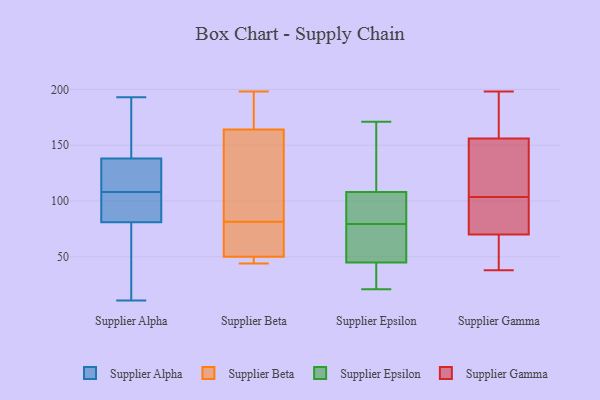
{"axis": {"x": "Customer Acquisition Cost (USD)", "y": "Value"}, "legend": ["Supplier Alpha", "Supplier Beta", "Supplier Epsilon", "Supplier Gamma"], "data": [{"x": "", "y": 78, "type": "Supplier Alpha"}, {"x": "", "y": 166, "type": "Supplier Alpha"}, {"x": "", "y": 110, "type": "Supplier Alpha"}, {"x": "", "y": 139, "type": "Supplier Alpha"}, {"x": "", "y": 161, "type": "Supplier Alpha"}, {"x": "", "y": 105, "type": "Supplier Alpha"}, {"x": "", "y": 39, "type": "Supplier Alpha"}, {"x": "", "y": 135, "type": "Supplier Alpha"}, {"x": "", "y": 193, "type": "Supplier Alpha"}, {"x": "", "y": 11, "type": "Supplier Alpha"}, {"x": "", "y": 172, "type": "Supplier Alpha"}, {"x": "", "y": 103, "type": "Supplier Alpha"}, {"x": "", "y": 126, "type": "Supplier Alpha"}, {"x": "", "y": 79, "type": "Supplier Alpha"}, {"x": "", "y": 135, "type": "Supplier Alpha"}, {"x": "", "y": 108, "type": "Supplier Alpha"}, {"x": "", "y": 103, "type": "Supplier Alpha"}, {"x": "", "y": 87, "type": "Supplier Alpha"}, {"x": "", "y": 75, "type": "Supplier Alpha"}, {"x": "", "y": 164, "type": "Supplier Beta"}, {"x": "", "y": 77, "type": "Supplier Beta"}, {"x": "", "y": 125, "type": "Supplier Beta"}, {"x": "", "y": 198, "type": "Supplier Beta"}, {"x": "", "y": 165, "type": "Supplier Beta"}, {"x": "", "y": 44, "type": "Supplier Beta"}, {"x": "", "y": 50, "type": "Supplier Beta"}, {"x": "", "y": 86, "type": "Supplier Beta"}, {"x": "", "y": 49, "type": "Supplier Beta"}, {"x": "", "y": 77, "type": "Supplier Beta"}, {"x": "", "y": 45, "type": "Supplier Epsilon"}, {"x": "", "y": 100, "type": "Supplier Epsilon"}, {"x": "", "y": 171, "type": "Supplier Epsilon"}, {"x": "", "y": 65, "type": "Supplier Epsilon"}, {"x": "", "y": 21, "type": "Supplier Epsilon"}, {"x": "", "y": 137, "type": "Supplier Epsilon"}, {"x": "", "y": 99, "type": "Supplier Epsilon"}, {"x": "", "y": 62, "type": "Supplier Epsilon"}, {"x": "", "y": 57, "type": "Supplier Epsilon"}, {"x": "", "y": 32, "type": "Supplier Epsilon"}, {"x": "", "y": 171, "type": "Supplier Epsilon"}, {"x": "", "y": 108, "type": "Supplier Epsilon"}, {"x": "", "y": 103, "type": "Supplier Epsilon"}, {"x": "", "y": 94, "type": "Supplier Epsilon"}, {"x": "", "y": 34, "type": "Supplier Epsilon"}, {"x": "", "y": 41, "type": "Supplier Epsilon"}, {"x": "", "y": 133, "type": "Supplier Epsilon"}, {"x": "", "y": 57, "type": "Supplier Epsilon"}, {"x": "", "y": 156, "type": "Supplier Gamma"}, {"x": "", "y": 38, "type": "Supplier Gamma"}, {"x": "", "y": 171, "type": "Supplier Gamma"}, {"x": "", "y": 144, "type": "Supplier Gamma"}, {"x": "", "y": 50, "type": "Supplier Gamma"}, {"x": "", "y": 102, "type": "Supplier Gamma"}, {"x": "", "y": 70, "type": "Supplier Gamma"}, {"x": "", "y": 198, "type": "Supplier Gamma"}, {"x": "", "y": 105, "type": "Supplier Gamma"}, {"x": "", "y": 75, "type": "Supplier Gamma"}]}